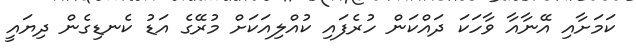
ކަމަށާއި އޭނާއާ ވާހަކަ ދައްކަން ހުރެފައި ކުއްލިއަކަށް މުރޭގެ އަޑު ކެނޑިގެން ދިޔައީ